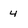
Character: 4